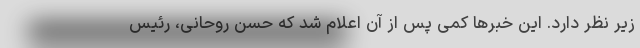
زیر نظر دارد. این خبرها کمی پس از آن اعلام شد که حسن روحانی، رئیس